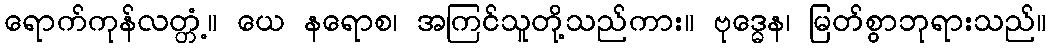
ရောက်ကုန်လတ္တံ့။ ယေ နရောစ၊ အကြင်သူတို့သည်ကား။ ဗုဒ္ဓေန၊ မြတ်စွာဘုရားသည်။